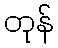
တုန်